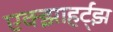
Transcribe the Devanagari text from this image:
एक्झाहर्ट्‌झ